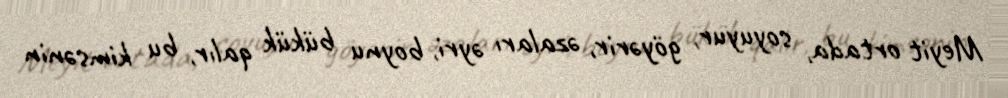
Meyit ortada, soyuyur, göyərir, əzaları əyri, boynu bükük qalır, bu kimsənin